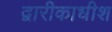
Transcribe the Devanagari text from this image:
द्वारीकाधीश